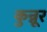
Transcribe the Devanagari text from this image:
कुन्नूर